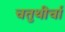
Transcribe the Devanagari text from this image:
चतुथीर्चा